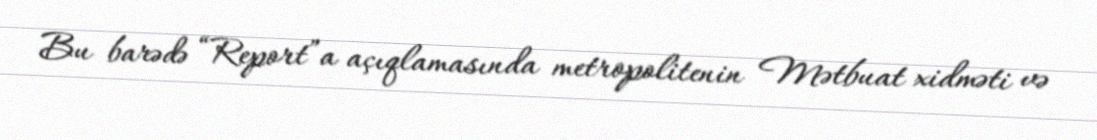
Bu barədə “Report”a açıqlamasında metropolitenin Mətbuat xidməti və